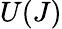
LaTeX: U(J)